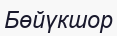
Бөйүкшор